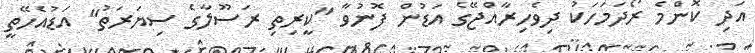
އަދި ކޮންމެ ރޯދަމަހަކު ދިވެހިރާއްޖޭގެ އަޑުން ފޮނުވާ "ކީރިތި ރަސޫލާގެ ސިޔަރަތު" އަޑުއެހޭތީ